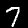
Digit: 7